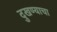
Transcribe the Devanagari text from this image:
दुखण्याचा